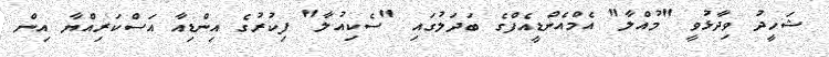
ޝަހީދު ވިދާޅުވީ "މުއްލާ" އެމްއެންޑީއެފްގެ ބަދަލުގައި "ސެކިއުލާ" ފިކުރުގެ އިންޑިއާ އަސްކަރިއްޔާ އިން